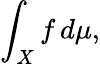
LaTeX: \int_{X}f\, d\mu,